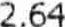
2.64